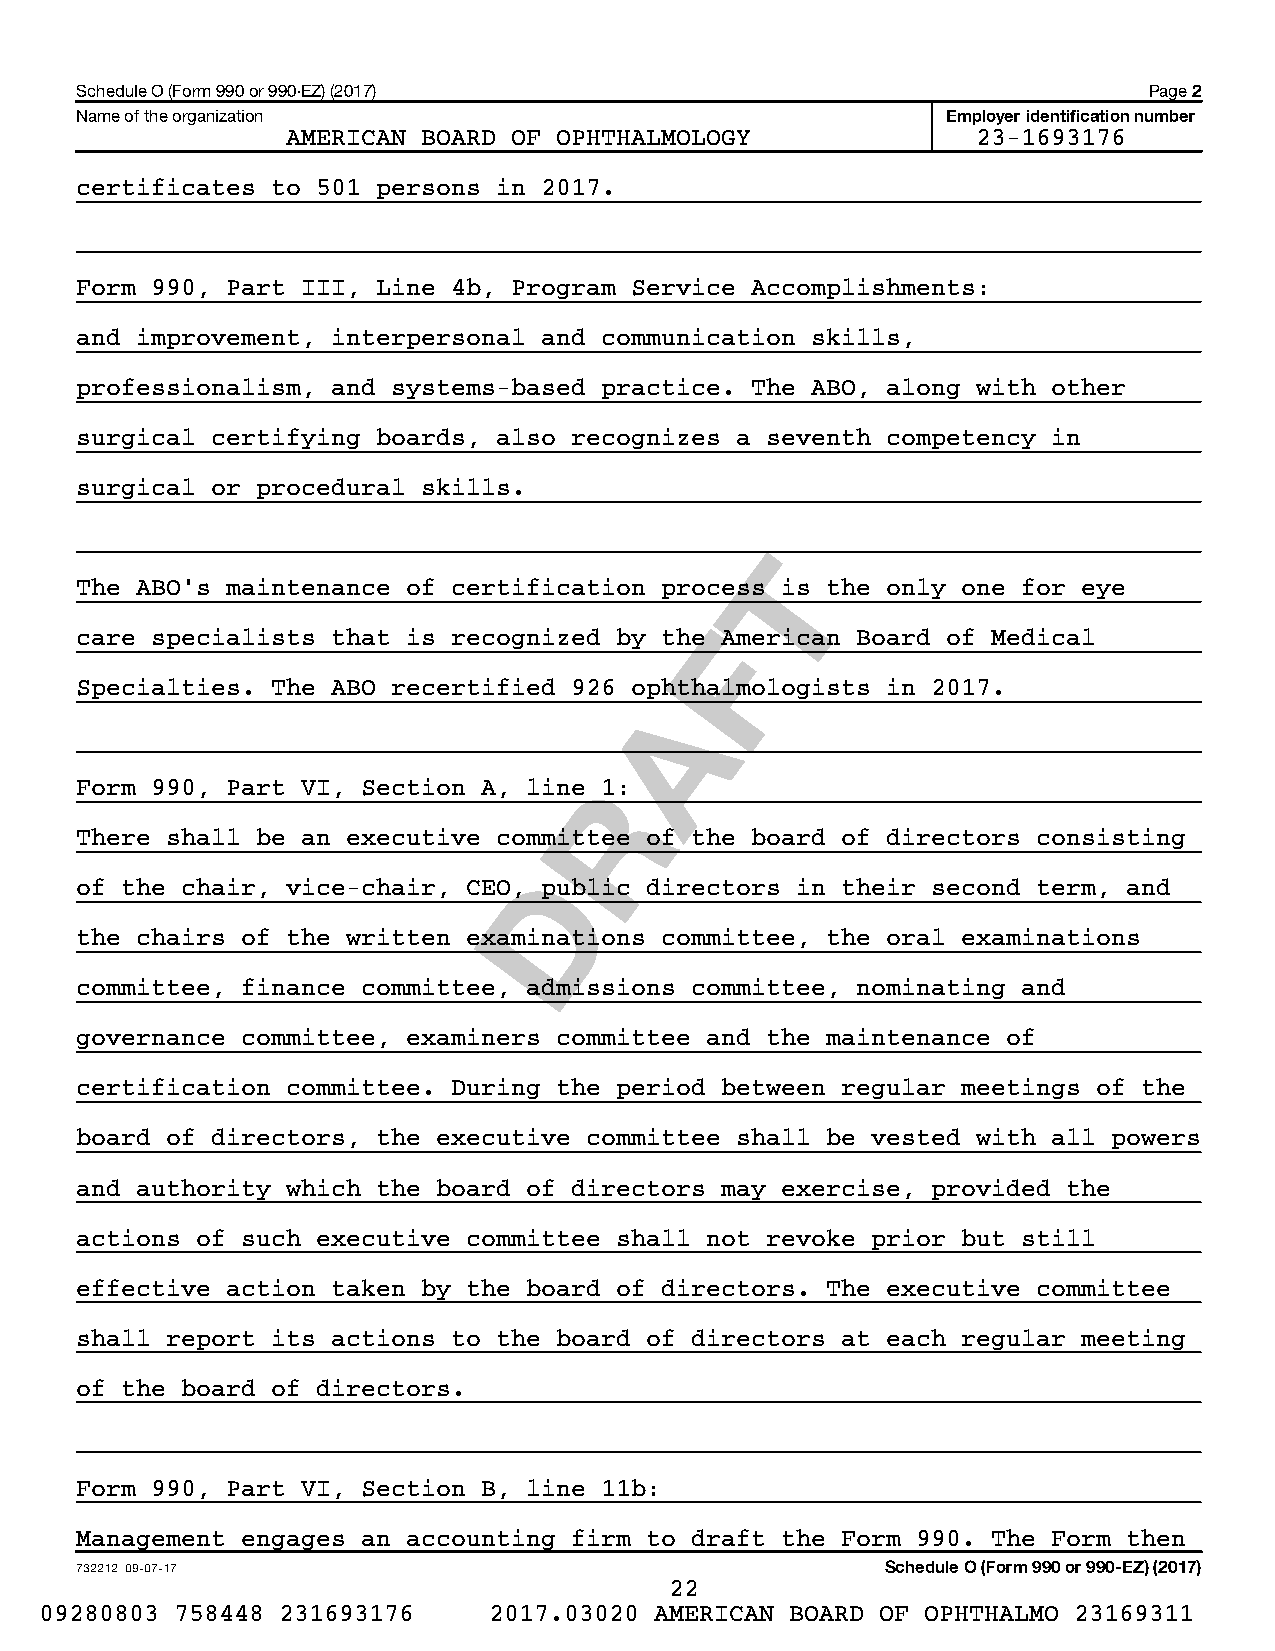
Schedule O (Form 990 or 990-EZ) (2017)                                 Page 2
 Name of the organization                                  Employer identification number
 AMERICAN BOARD OF OPHTHALMOLOGY               23-1693176
 certificates to 501 persons in 2017.
 Form 990, Part III, Line 4b, Program Service Accomplishments:
 and improvement, interpersonal and communication skills,
 professionalism, and systems-based practice. The ABO, along with other
 surgical certifying boards, also recognizes a seventh competency in
 surgical or procedural skills.
 T
 The ABO’s maintenance of certification process is the only one for eye
 F
 care specialists that is recognized by the American Board of Medical
 Specialties. The ABO recertified 926 ophthalmologists in 2017.
 A
 Form 990, Part VI, Section A, line R1:
 There shall be an executive committee of the board of directors consisting
 D
 of the chair, vice-chair, CEO, public directors in their second term, and
 the chairs of the written examinations committee, the oral examinations
 committee, finance committee, admissions committee, nominating and
 governance committee, examiners committee and the maintenance of
 certification committee. During the period between regular meetings of the
 board of directors, the executive committee shall be vested with all powers
 and authority which the board of directors may exercise, provided the
 actions of such executive committee shall not revoke prior but still
 effective action taken by the board of directors. The executive committee
 shall report its actions to the board of directors at each regular meeting
 of the board of directors.
 Form 990, Part VI, Section B, line 11b:
 Management engages an accounting firm to draft the Form 990. The Form then
 732212 09-07-17                                       Schedule O (Form 990 or 990-EZ) (2017)
 22
 09280803 758448 231693176    2017.03020 AMERICAN BOARD OF OPHTHALMO 23169311